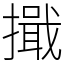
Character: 擑